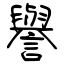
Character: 譽